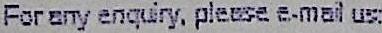
FOR ANY ENQUIRY, PLEASE E-MAIL US: